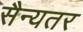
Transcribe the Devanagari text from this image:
सैन्यतर